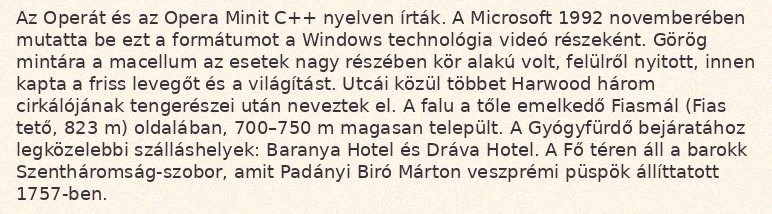
Az Operát és az Opera Minit C++ nyelven írták. A Microsoft 1992 novemberében mutatta be ezt a formátumot a Windows technológia videó részeként. Görög mintára a macellum az esetek nagy részében kör alakú volt, felülről nyitott, innen kapta a friss levegőt és a világítást. Utcái közül többet Harwood három cirkálójának tengerészei után neveztek el. A falu a tőle emelkedő Fiasmál (Fias tető, 823 m) oldalában, 700–750 m magasan települt. A Gyógyfürdő bejáratához legközelebbi szálláshelyek: Baranya Hotel és Dráva Hotel. A Fő téren áll a barokk Szentháromság-szobor, amit Padányi Biró Márton veszprémi püspök állíttatott 1757-ben.